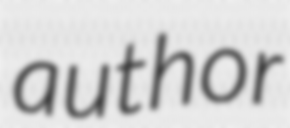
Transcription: author